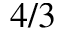
4 / 3